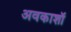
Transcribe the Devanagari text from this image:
अवकाशॉ